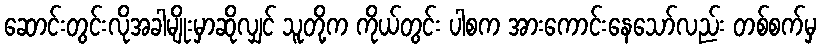
ဆောင်းတွင်းလိုအခါမျိုးမှာဆိုလျှင် သူတို့က ကိုယ်တွင်း ပါစက အားကောင်းနေသော်လည်း တစ်စက်မှ